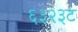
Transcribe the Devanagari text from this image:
६३२३ट